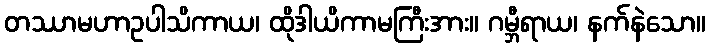
တဿာမဟာဥပါသိကာယ၊ ထိုဒါယိကာမကြီးအား။ ဂမ္ဘီရာယ၊ နက်နဲသော။